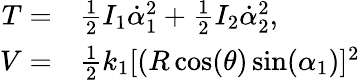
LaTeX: \begin{array}{rl}{T=}&{{}\frac{1}{2}I_{1}\dot{\alpha}_{1}^{2}+\frac{1}{2}I_{2}\dot{\alpha}_{2}^{2},}\\ {V=}&{{}\frac{1}{2}k_{1}[(R\cos(\theta)\sin(\alpha_{1})]^{2}}\end{array}